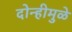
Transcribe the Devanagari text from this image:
दोन्हीमुळे